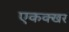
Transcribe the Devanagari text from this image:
एकक्खर